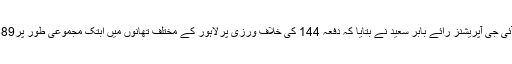
تفصیلات سے آگاہ کرتے ہوئے ڈی آئی جی آپریشنز رائے بابر سعید نے بتایا کہ دفعہ 144 کی خلاف ورزی پرلاہور کے مختلف تھانوں میں ابتک مجموعی طور پر1489 مقدمات درج کئے جا چکے ہیں۔